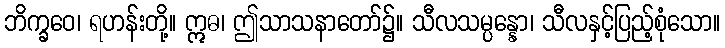
ဘိက္ခဝေ၊ ရဟန်းတို့။ ဣဓ၊ ဤသာသနာတော်၌။ သီလသမ္ပန္နော၊ သီလနှင့်ပြည့်စုံသော။